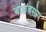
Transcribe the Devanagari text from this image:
बाळंतसोप